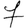
Digit: 7